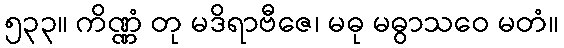
၅၃၃။ ကိဏ္ဏံ တု မဒိရာဗီဇေ၊ မဓု မဓွာသဝေ မတံ။